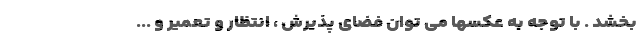
بخشد . با توجه به عکسها می توان فضای پذیرش ، انتظار و تعمیر و ...